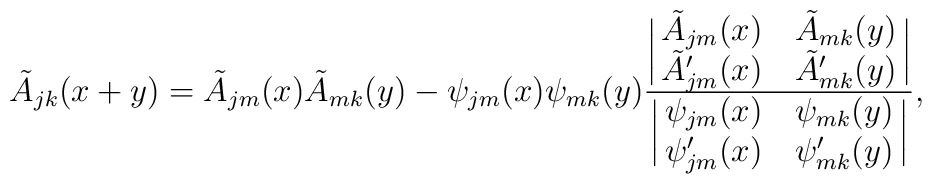
\tilde A_{jk}(x+y)=\tilde A_{jm}(x)\tilde A_{mk}(y)-\psi_{jm}(x)\psi_{mk}(y){{\biggl|\matrix{\tilde A_{jm}(x)&\tilde A_{mk}(y)\cr          \tilde A\sp\prime_{jm}(x)&\tilde A\sp\prime_{mk}(y)\cr}\biggr|}\over  {\biggl|\matrix{ \psi_{jm}(x)& \psi_{mk}(y)\cr          \psi\sp\prime_{jm}(x)& \psi\sp\prime_{mk}(y)\cr}\biggr|}},